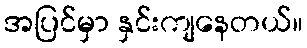
အပြင်မှာ နှင်းကျနေတယ်။